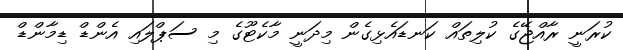
ކުރަނީ ރާއްޖޭގެ ކުލިތައް ކަނޑައެޅިގެން މިދަނީ މާކެޓޫގެ މި ސަޕްލައި އެންޑް ޑިމާންޑް